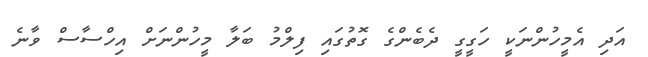
އަދި އެމީހުންނަކީ ހަގީގީ ދެބެންގެ ގޮތުގައި ފިލްމު ބަލާ މީހުންނަށް އިހްސާސް ވާނެ